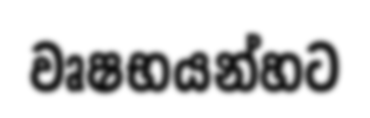
වෘෂභයන්හට